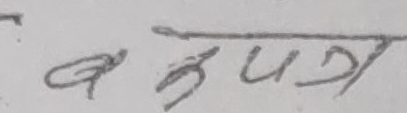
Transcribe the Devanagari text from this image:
बहुपयोग